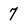
Character: 7